Vaccination in the Punjab 1897-1904 - 1897-1904
Year: 1897
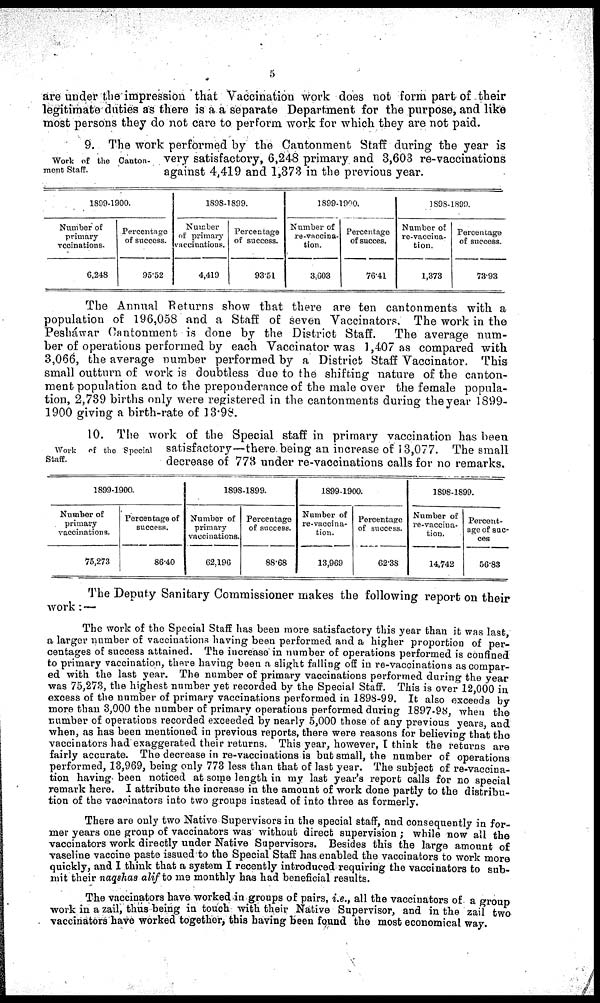
5
are under the impression that Vaccination work does not form part of their
legitimate duties as there is a a separate Department for the purpose, and like
most persons they do not care to perform work for which they are not paid.
Work of the Canton¬
ment Staff.
9. The work performed by the Cantonment Staff during the year is
very satisfactory, 6,248 primary and 3,603 re-vaccinations
against 4,419 and 1,373 in the previous year.
1899-1900.
Number of
primary
vacinations.
6,248
Percentage
of success.
95.52
1898-1899.
Number
of primary
vaccinations.
4,419
Percentage
of success.
93.51
1899-1900.
Number of
re-vaccina¬
tion.
3,603
Percentage
of success.
76.41
1898-1890
Number of
re-vaccina¬
tion.
1,373
Percentage
of success.
73.93
The Annual Returns show that there are ten cantonments with a
population of 196,058 and a Staff of seven Vaccinators. The work in the
Pesháwar Cantonment is done by the District Staff.
The average num-
ber of operations performed by each Vaccinator was 1,407 as compared with
3,066, the average number performed by a District Staff Vaccinator. This
small outturn of work is doubtless due to the shifting nature of the canton-
ment population and to the preponderance of the male over the female popula-
tion, 2,739 births only were registered in the cantonments during the year 1899-
1900 giving a birth-rate of 13.98.
Work
of the Special
Staff.
10. The work of the Special staff in primary vaccination has been
satisfactory —there being an increase of 13,077. The small
decrease of 773 under re-vaccinations calls for no remarks.
1899-1900
Number of
primary
vaccinations.
75,273
Percentage of
success.
86.40
1898-1899.
Number of
primary
vaccinations.
62,196
Percentage
of success.
88.68
1899-1900.
Number of
re-vaccina¬
tion.
13,969
Percentage
of success.
62.38
1898-1899.
Number of
re-vaccina¬
tion.
14,742
Percent-
age of suc-
ces.
56.83
The Deputy Sanitary Commissioner makes the following report on their
work : —
The work of the Special Staff has been more satisfactory this year than it was last
a larger number of vaccinations having been performed and a higher proportion of per-
centages of success attained. The increase in number of operations performed is confined
to primary vaccination, there having been a slight falling off in re-vaccinations as compar-
ed with the last year. The number of primary vaccinations performed during the year
was 75,273, the highest number yet recorded by the Special Staff. This is over 12,000 in
excess of the number of primary vaccinations performed in 1898-99. It also exceeds by
more than 3,000 the number of primary operations performed during 1897-98, when the
number of operations recorded exceeded by nearly 5,000 those of any previous years, and
when, as has been mentioned in previous reports, there were reasons for believing that the
vaccinators had exaggerated their returns. This year, however, I think the returns are
fairly accurate. The decrease in re-vaccinations is but small, the number of operations
performed, 13,969, being only 773 less than that of last year. The subject of re-vaccina¬
tion having been noticed at some length in my last year's report calls for no special
remark here. I attribute the increase in the amount of work done partly to the distribu-
tion of the vaccinators into two groups instead of into three as formerly.
There are only two Native Supervisors in the special staff, and consequently in for-
mer years one group of vaccinators was without direct supervision ; while now all the
vaccinators work directly under Native Supervisors. Besides this the large amount of
vaseline vaccine paste issued to the Special Staff has enabled the vaccinators to work more
quickly, and I think that a system I recently introduced requiring the vaccinators to sub-
mit their naqshas alif to me monthly has had beneficial results.
The vaccinators have worked in groups of pairs, i.e., all the vaccinators of a group
work in a zail, thus being in touch with their Native Supervisor, and in the zail two
vaccinators have worked together, this having been found the most economical way.